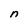
Character: n